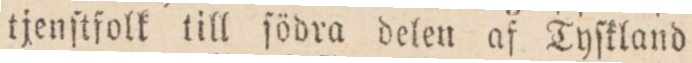
tjenſtfolk till ſödra delen af Tyſkland